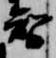
智